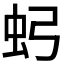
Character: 𮓶